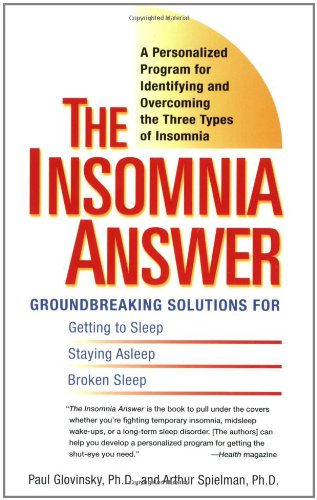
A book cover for The Insomnia Answer: A Personalized Program for Identifying and Overcoming the Three Types ofInsomnia; Paul Glovinsky; Health, Fitness & Dieting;